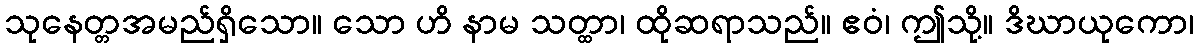
သုနေတ္တအမည်ရှိသော။ သော ဟိ နာမ သတ္ထာ၊ ထိုဆရာသည်။ ဧဝံ၊ ဤသို့။ ဒိဃာယုကော၊